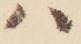
ハ